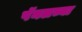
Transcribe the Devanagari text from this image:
पॅनलच्या